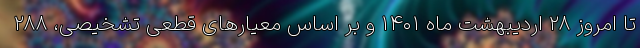
تا امروز ۲۸ اردیبهشت ماه ۱۴۰۱ و بر اساس معیارهای قطعی تشخیصی، ۲۸۸